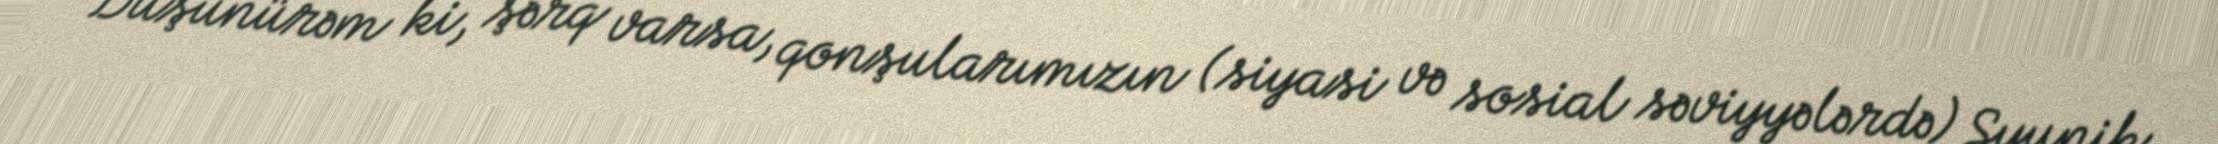
Düşünürəm ki, şərq varsa, qonşularımızın (siyasi və sosial səviyyələrdə) Syunik